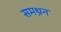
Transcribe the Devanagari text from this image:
समथ्रन